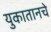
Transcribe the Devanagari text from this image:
युकातानचे